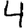
Digit: 4